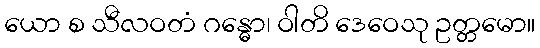
ယော စ သီလဝတံ ဂန္ဓော၊ ဝါတိ ဒေဝေသု ဥတ္တမော။